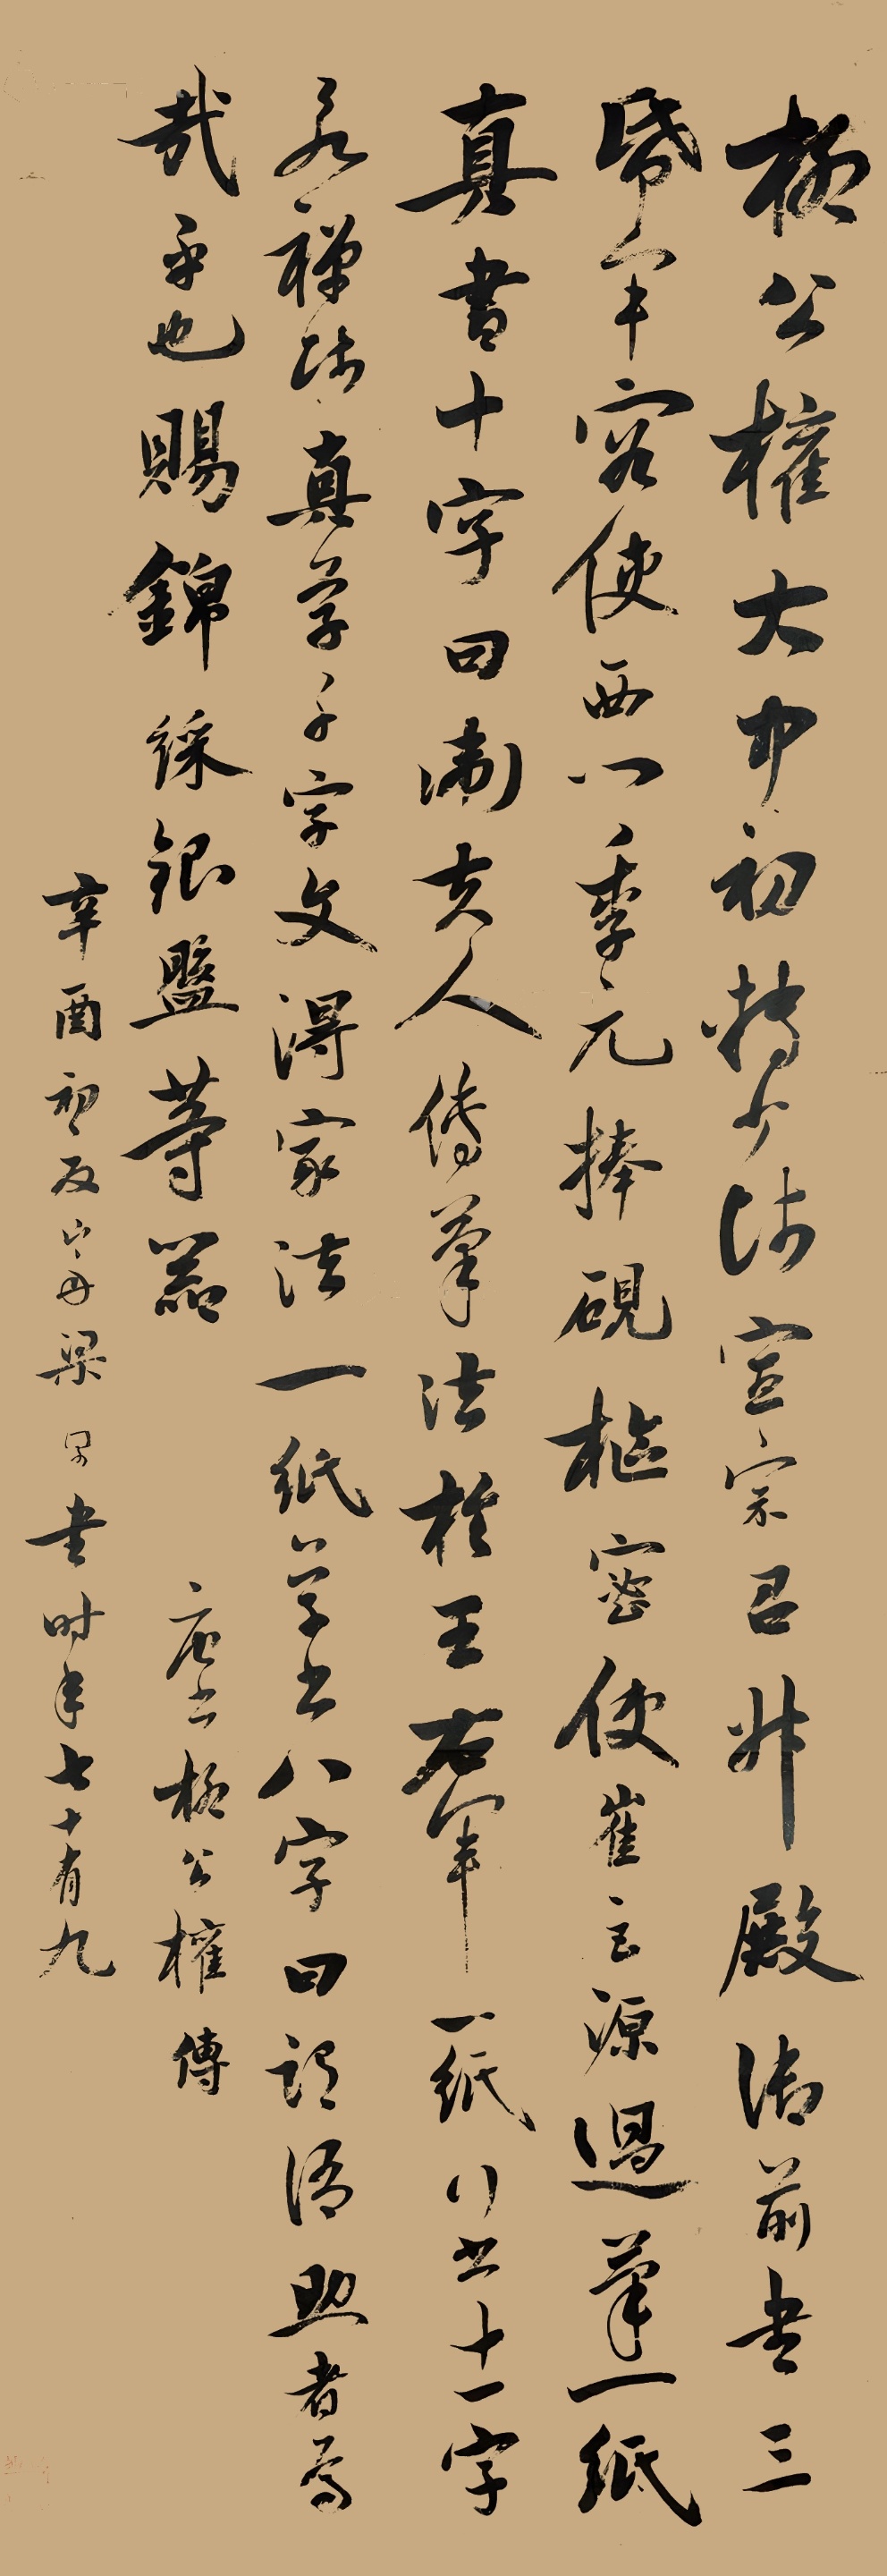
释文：柳公权大中初，转少师，宣宗召升殿，御前书三纸，军容使西门季元捧砚，枢密使崔巨源过笔。一纸真书十字，曰“卫夫人传笔法于王右军”；一纸行书十一字，曰“永禅师真草《千字文》得家法”；一纸草书八字，曰“谓语助者焉哉乎也”。赐锦彩、银盘等器。《唐书·柳公权传》。辛酉（1801）初夏，山舟梁同书时年七十有九。